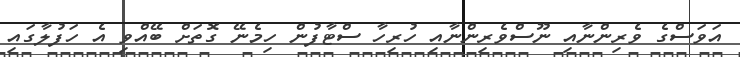
އަވަސްގެ ވެރިންނާއި ނޫސްވެރިންނާއި ހުރިހާ ސްޓާފުން ހިމެނޭ ގޮތަށް ބޭއްވި އެ ހަފުލާގައި